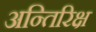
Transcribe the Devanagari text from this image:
अन्तिरिक्ष